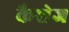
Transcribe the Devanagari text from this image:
कैशेज